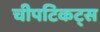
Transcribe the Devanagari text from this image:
चीपटिकट्स